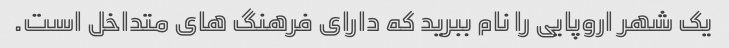
یک شهر اروپایی را نام ببرید که دارای فرهنگ های متداخل است.